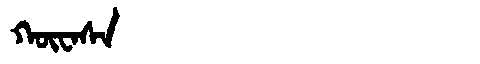
Manchu: ᡴᡡᠸᠠᠰᠠ
Romanization: KŪWASA